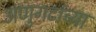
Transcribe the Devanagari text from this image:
अणुगटांच्या